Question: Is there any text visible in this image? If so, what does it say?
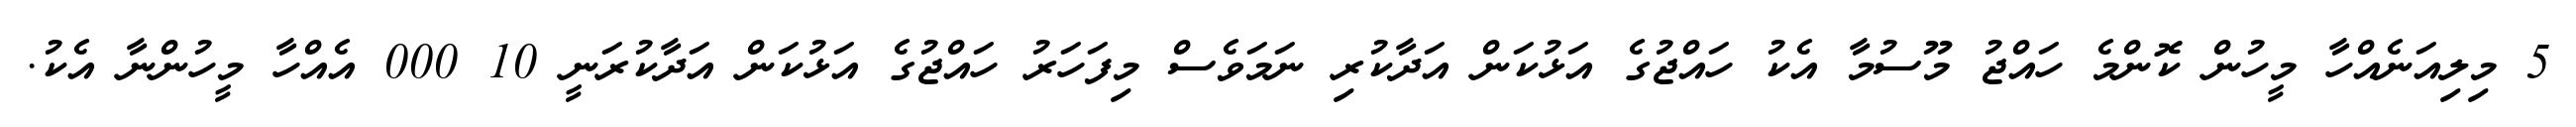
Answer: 5 މިލިއަނެއްހާ މީހުން ކޮންމެ ހައްޖު މޫސުމާ އެކު ހައްޖުގެ އަޅުކަން އަދާކުރި ނަމަވެސް މިފަހަރު ހައްޖުގެ އަޅުކަން އަދާކުރަނީ 10 000 އެއްހާ މީހުންނާ އެކު.